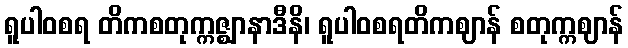
ရူပါဝစရ တိကစတုက္ကဇ္ဈာနာဒီနိ၊ ရူပါဝစရတိကဈာန် စတုက္ကဈာန်